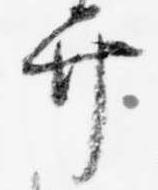
弁